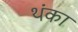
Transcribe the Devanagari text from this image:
थंका